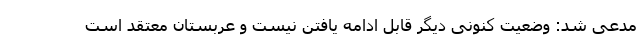
مدعی شد: وضعیت کنونی دیگر قابل ادامه یافتن نیست و عربستان معتقد است